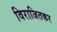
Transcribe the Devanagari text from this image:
विराजितकर